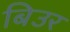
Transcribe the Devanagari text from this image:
बिउर